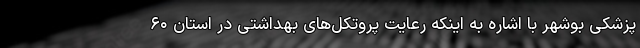
پزشکی بوشهر با اشاره به اینکه رعایت پروتکل‌های بهداشتی در استان ۶۰